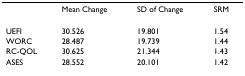
|  | Mean Change | SD of Change | SRM |
 | --- | --- | --- | --- |
 | UEFI | 30.526 | 19.801 | 1.54 |
 | WORC | 28.487 | 19.739 | 1.44 |
 | RC-QOL | 30.625 | 21.344 | 1.43 |
 | ASES | 28.552 | 20.101 | 1.42 |